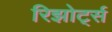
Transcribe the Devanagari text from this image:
रिझोर्ट्स